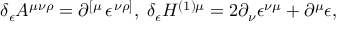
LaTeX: \delta _ { \epsilon } A ^ { \mu \nu \rho } = \partial ^ { \left[ \mu \right. } \epsilon ^ { \left. \nu \rho \right] } , \; \delta _ { \epsilon } H ^ { ( 1 ) \mu } = 2 \partial _ { \nu } \epsilon ^ { \nu \mu } + \partial ^ { \mu } \epsilon ,